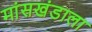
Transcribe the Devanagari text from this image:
मांसखंडाला